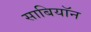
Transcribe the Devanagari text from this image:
साबियॉन